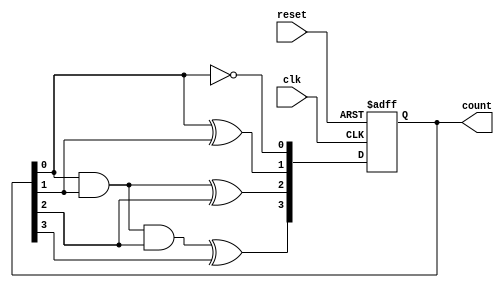
module ripple_counter (
    input wire clk,          // Clock input
    input wire reset,        // Asynchronous reset
    output reg [3:0] count   // 4-bit counter output
);

// Always block triggered by the clock
always @(posedge clk or posedge reset) begin
    if (reset) begin
        count <= 4'b0000;  // Reset counter to 0
    end else begin
        // Ripple counting logic
        count[0] <= ~count[0]; // Toggle least significant bit
        count[1] <= count[0] ^ count[1]; // Toggle second bit if LSB is 1
        count[2] <= (count[0] & count[1]) ^ count[2]; // Toggle third bit if both LSB and second bit are 1
        count[3] <= (count[0] & count[1] & count[2]) ^ count[3]; // Toggle MSB if all lower bits are 1
    end
end

endmodule